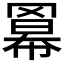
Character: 𮊎